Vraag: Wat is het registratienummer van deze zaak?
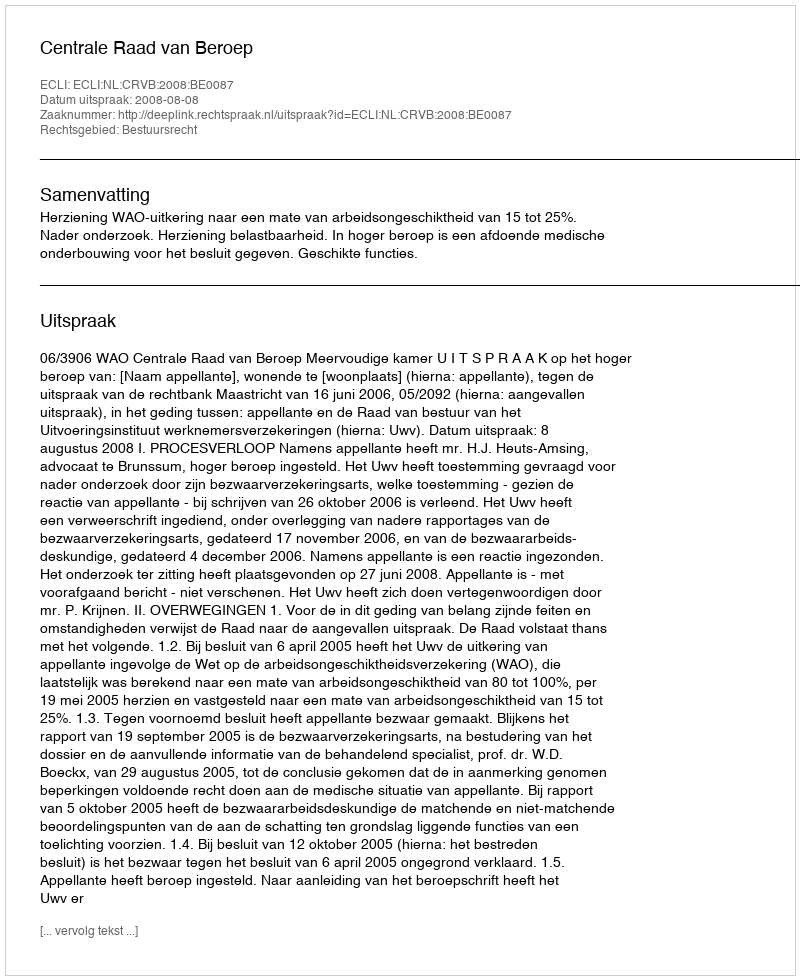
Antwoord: http://deeplink.rechtspraak.nl/uitspraak?id=ECLI:NL:CRVB:2008:BE0087